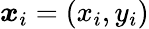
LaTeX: \boldsymbol x_{i}=(x_{i},y_{i})